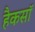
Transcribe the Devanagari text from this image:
हैकसॉ